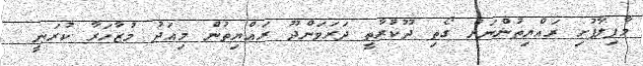
މާފިލާފުށި ރައްޔިތުންނަށް ގޯތި ދޫކުރާތީ ދަރަވަންދޫ ރައްޔިތުން މިއަދު މުޒާހަރާ ކުރަނީ